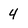
Character: 4